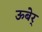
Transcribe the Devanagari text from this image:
ऊबेर्